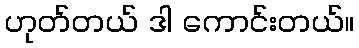
ဟုတ်တယ် ဒါ ကောင်းတယ်။